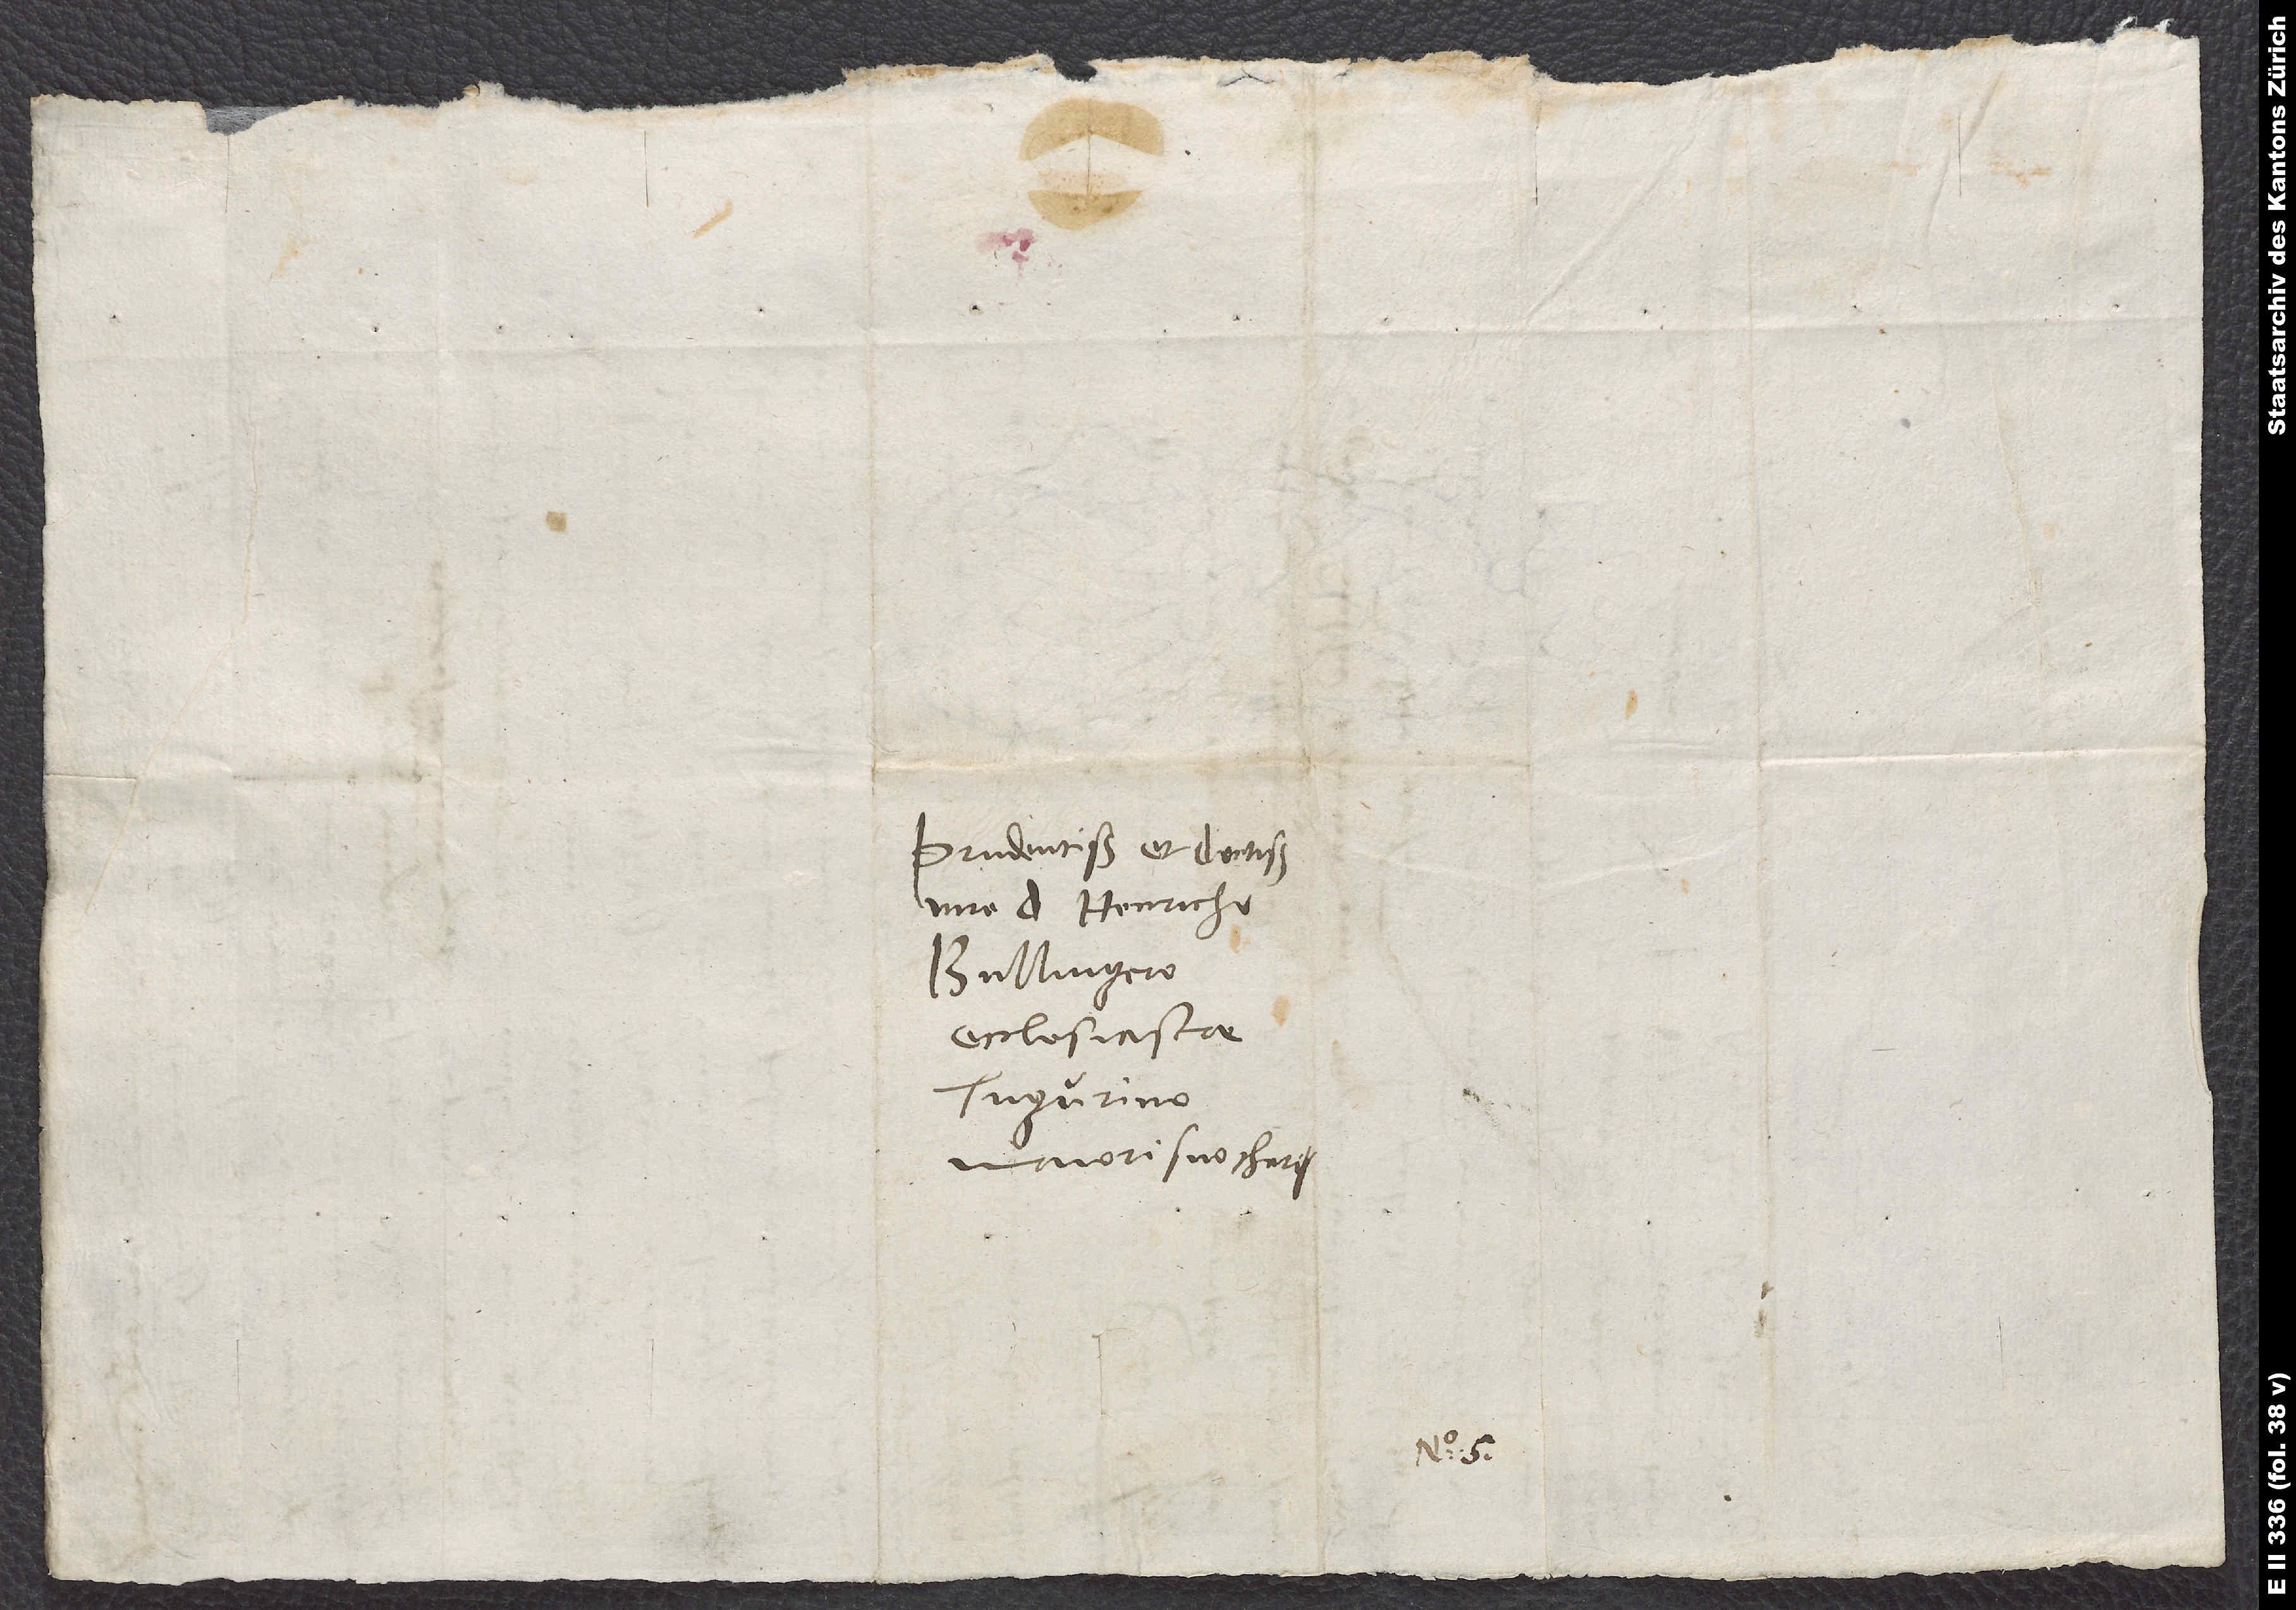
Prudentissimo et doctissimo
viro d. Henricho
Bullingero,
ecclesiastae
Tugurino,
maiori suo charissimo.